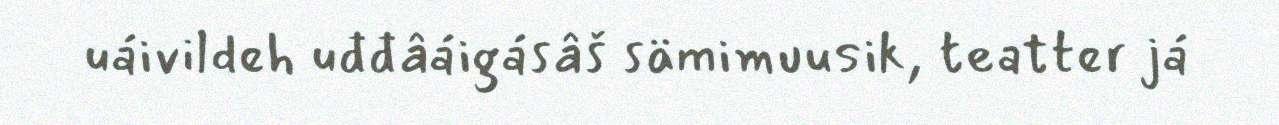
uáivildeh uđđâáigásâš sämimuusik, teatter já